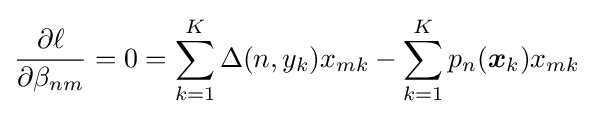
{\frac {\partial \ell }{\partial \beta _{nm}}}=0=\sum _{k=1}^{K}\Delta (n,y_{k})x_{mk}-\sum _{k=1}^{K}p_{n}({\boldsymbol {x}}_{k})x_{mk}